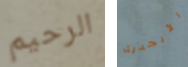
الرحيم الأبجدية